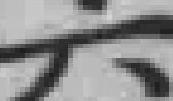
元